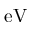
\mathrm { e V }